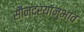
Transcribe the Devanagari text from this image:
सौन्दर्यानुभाव